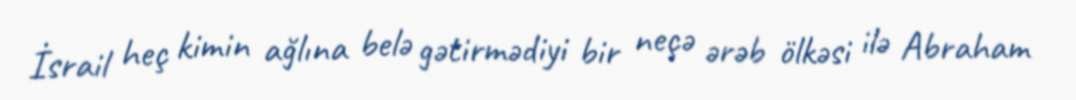
İsrail heç kimin ağlına belə gətirmədiyi bir neçə ərəb ölkəsi ilə Abraham